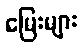
မြေးများ